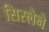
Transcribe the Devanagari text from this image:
सिस्लेने